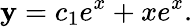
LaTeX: \mathbf{y}=c_{1}e^{x}+xe^{x}.